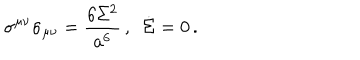
\sigma ^ { \mu \nu } \sigma _ { \mu \nu } = { \frac { 6 \Sigma ^ { 2 } } { a ^ { 6 } } } \, , ~ ~ \dot { \Sigma } = 0 \, .